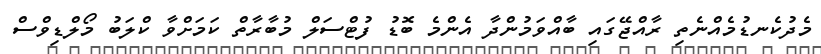
މެދުކެނޑުމެއްނެތި ރާއްޖޭގައި ބާއްވަމުންދާ އެންމެ ބޮޑު ފުޓްސަލް މުބާރާތް ކަމަށްވާ ކްލަބު މޯލްޑިވްސް